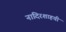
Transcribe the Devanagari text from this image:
नादिरशाहची